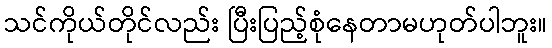
သင်ကိုယ်တိုင်လည်း ပြီးပြည့်စုံနေတာမဟုတ်ပါဘူး။